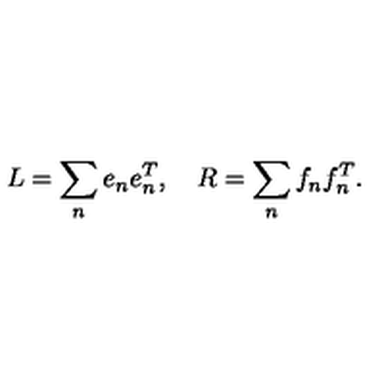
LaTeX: L = \sum _ { n } e _ { n } e _ { n } ^ { T } , \quad R = \sum _ { n } f _ { n } f _ { n } ^ { T } .